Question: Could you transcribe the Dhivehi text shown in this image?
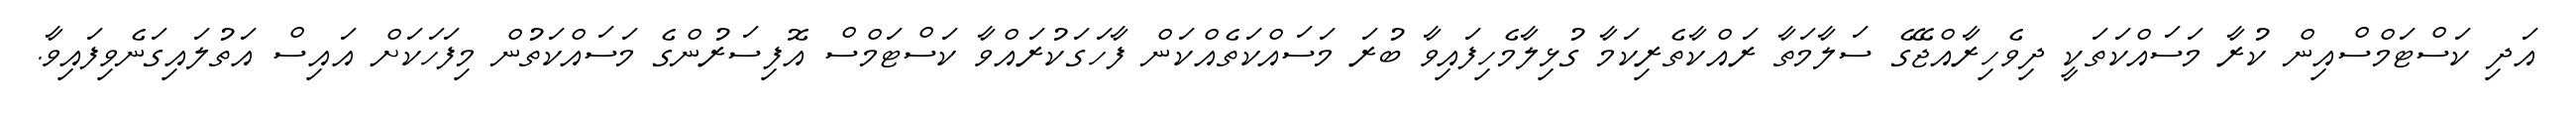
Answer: އަދި ކަސްޓަމްސްއިން ކުރާ މަސައްކަތަކީ ދިވެހިރާއްޖޭގެ ސަލާމަތާ ރައްކާތެރިކަމާ ގުޅިލާމެހިފައިވާ ބުރަ މަސައްކަތެއްކަން ފާހަގަކުރައްވާ ކަސްޓަމްސް އޮފިސަރުންގެ މަސައްކަތުން މިފަހަކަށް އައިސް އަތުލައިގަނެވިފައިވާ.